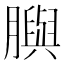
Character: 䑂